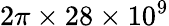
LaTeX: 2\pi\times 28\times 10^{9}